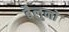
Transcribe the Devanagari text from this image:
बैलुनों